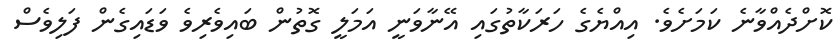
ކޮށްދެއްވާނެ ކަމަށެވެ. އިއްޔެގެ ހަރަކާތުގައި އޭނާވަނީ އަމަލީ ގޮތުން ބައިވެރިވެ ވަޑައިގެން ފަލިވެސް